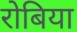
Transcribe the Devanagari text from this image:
रोबिया